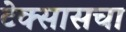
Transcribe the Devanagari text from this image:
टेक्सासचा